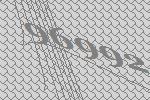
96992